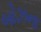
બોઝના